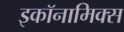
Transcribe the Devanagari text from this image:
इकॉनामिक्स